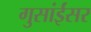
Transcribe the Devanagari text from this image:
गुसांईंसर